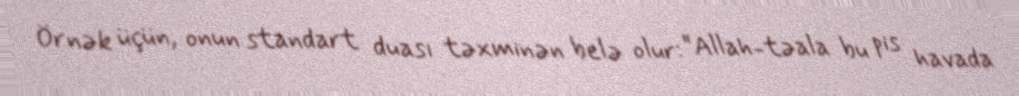
Örnək üçün, onun standart duası təxminən belə olur: “Allah-təala bu pis havada